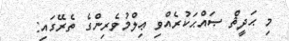
މި ޙަދީޘް ޞައްޙަކުރެއްވި ޢިލްމުވެރިންގެ ތެރޭގައި: